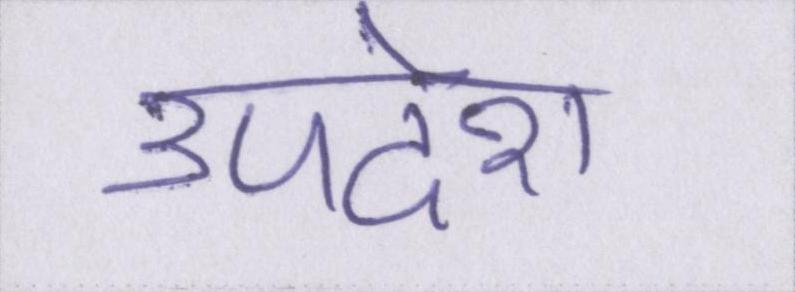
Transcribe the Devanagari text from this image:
उपदेश